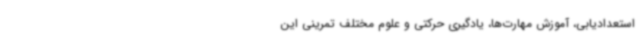
استعدادیابی، آموزش مهارت‌ها، یادگیری حرکتی و علوم مختلف تمرینی این